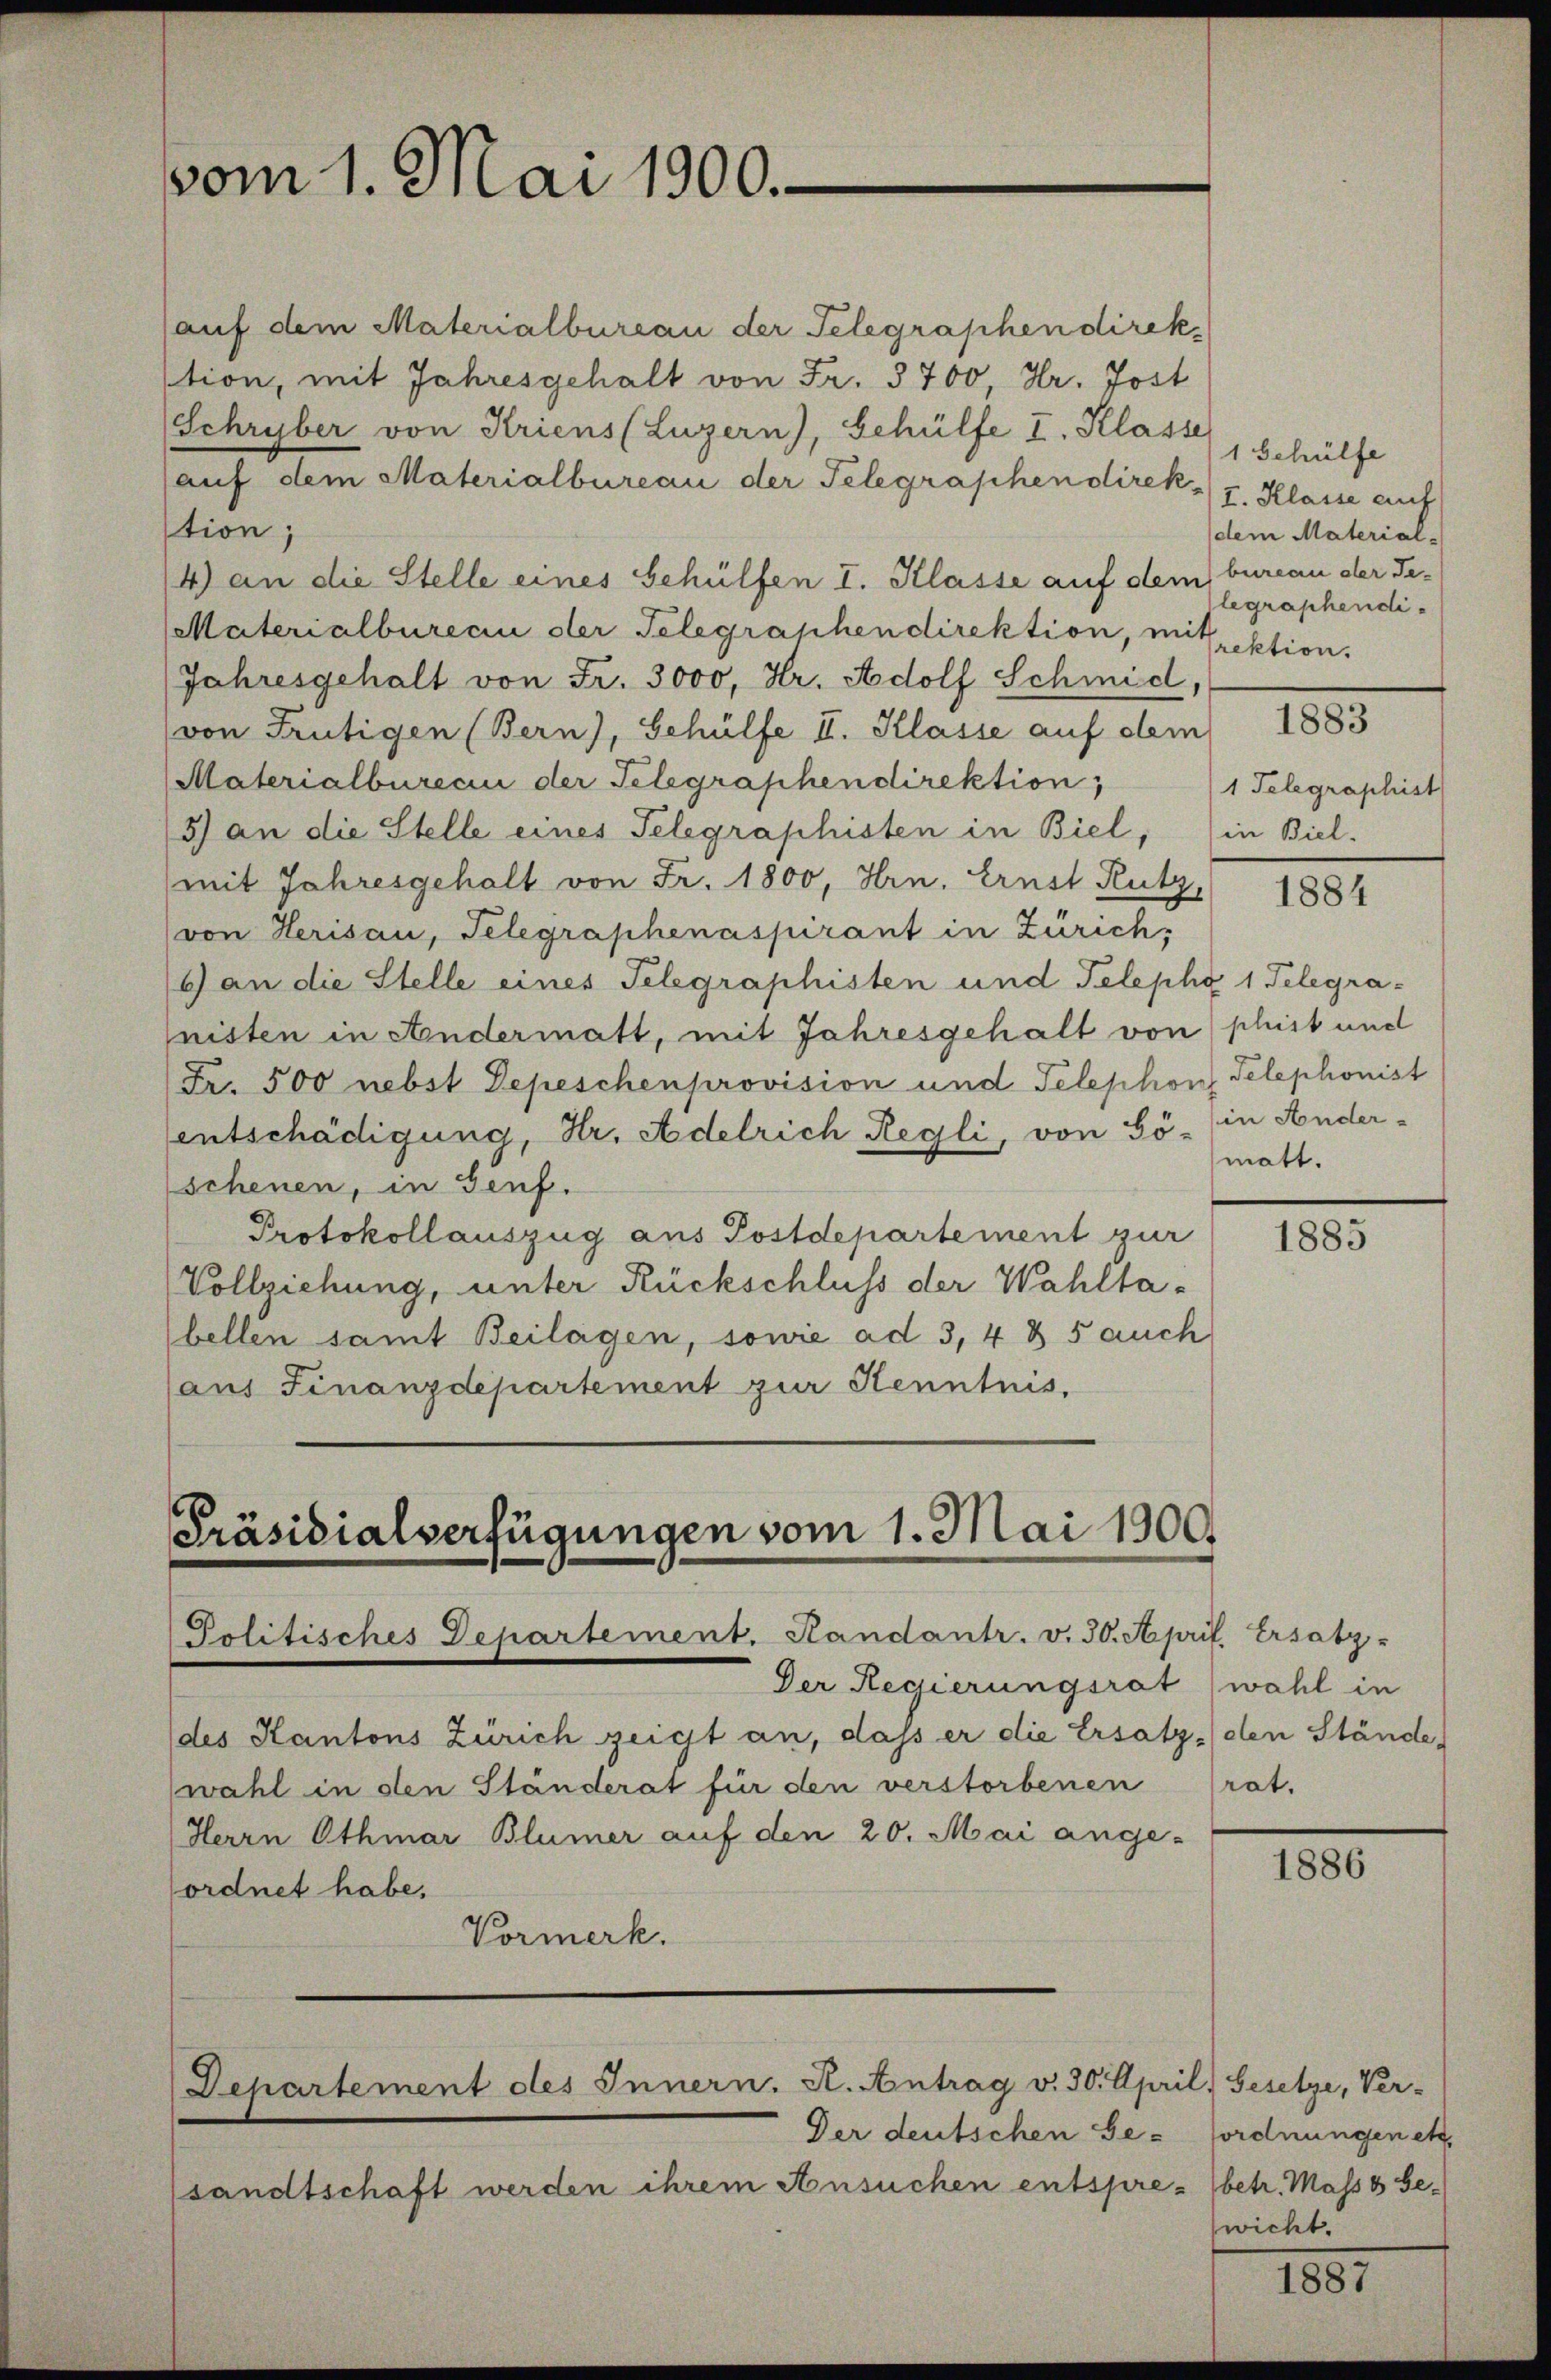
vom 1. Mai 1900.

Präsidialverfügungen vom 1. Mai 1900.
Politisches Departement. Sandantr. v. 30. April. Ersatz-

auf dem Materialbureau der Telegraphen direk
stion, mit Jahresgehalt von Fr. 3700, Hr. Jost
Schryber von Kriens (Luzern), Gehülfe I. Klasse
(auf dem Materialbureau der Telegraphen direk, I. Klasse auf
tion;
4) an die Stelle eines Gehülfen I. Klasse auf dem bureau der Te¬
Materialburecii der Telegraphendirektion, mitrektion.
Jahresgehalt von Fr. 3000, Hr. Adolf Schmid,
von Frutigen (Bern), Gehülfe II. Klasse auf dem
Materialbureci der Telegraphen direktion,
5) an die Stelle eines Telegraphisten in Biel, in Biel-
mit Jahresgehalt von Fr. 1800, Hrn. Ernst Rutz,
von Herisau, Telegraphenaspirant in Zürich,
6) an die Stelle eines Telegraphisten und Telepho 1 Telegranisten in Andermatt, mit Jahresgehalt von phist und
Fr. 500 nebst Depeschenprovision und Telephons Telephonist
entschädigung, Hr. Adelrich Regli, von Bö- (in Ander-
schenen, in Genf.
Protokollauszug aus Postdepartement zur
Vollziehung, unter Rückschluss der Wahlta-
bellen samt Beilagen, sowie ad 3, 4 & 5 auch
(aus Finanzdepartement zur Kenntnis.

Der Regierungsrat (wohl in
(des Kantons Zürich zeigt an, dass er die Ersatz den Stände,
wahl in den Ständerat für den verstorbenen
Herrn Othmar Blümer auf den 20. Mai ange-
ordnet habe,
Vormerk.

Departement des Innern. A. Antrag v. 30. April. Gesetze, Ver-
Der deutschen Ge- fordnungenett.

sandtschaft werden ihrem Ansuchen entspre- (betr. Masse Ge¬

1 Gehülfe
dem Material-
legraphendi¬

1883

1 Telegraphist

1884

matt.

1885

rat.

1886

wicht.

1851